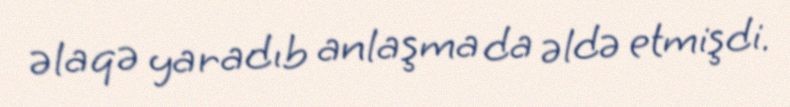
əlaqə yaradıb anlaşma da əldə etmişdi.